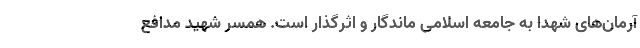
آرمان‌های شهدا به جامعه اسلامی ماندگار و اثرگذار است. همسر شهید مدافع